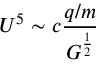
U ^ { 5 } \sim c { \frac { q / m } { G ^ { \frac { 1 } { 2 } } } }